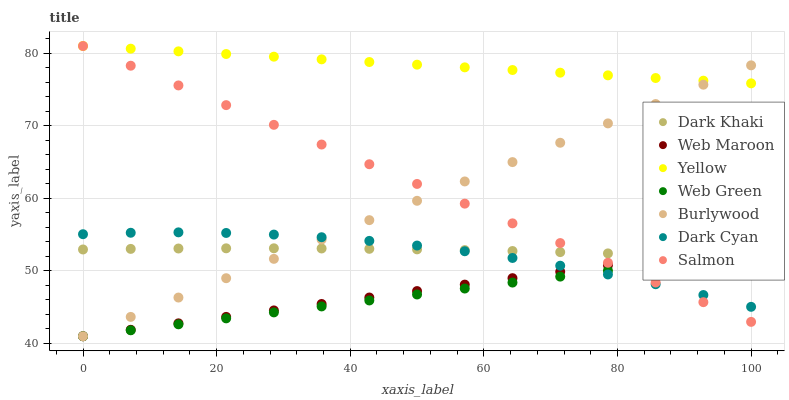
| xaxis_label | Dark Khaki | Web Maroon | Yellow | Web Green | Burlywood | Dark Cyan | Salmon |
 | --- | --- | --- | --- | --- | --- | --- | --- |
 | 0 | 53 | 41 | 81 | 41 | 41 | 55.1 | 81 |
 | 7.14 | 53 | 41.9 | 80.6 | 41.8 | 43.7 | 55.3 | 78.3 |
 | 14.3 | 53.1 | 42.8 | 80.3 | 42.6 | 46.3 | 55.3 | 75.6 |
 | 21.4 | 53.1 | 43.7 | 79.9 | 43.5 | 49 | 55.2 | 72.9 |
 | 28.6 | 53.1 | 44.6 | 79.5 | 44.3 | 51.7 | 55 | 70.1 |
 | 35.7 | 53.1 | 45.4 | 79.2 | 45.1 | 54.3 | 54.6 | 67.4 |
 | 42.9 | 53 | 46.3 | 78.8 | 45.9 | 57 | 54.1 | 64.7 |
 | 50 | 53 | 47.2 | 78.4 | 46.8 | 59.7 | 53.5 | 62 |
 | 57.1 | 52.9 | 48.1 | 78.1 | 47.6 | 62.3 | 52.7 | 59.3 |
 | 64.3 | 52.7 | 49 | 77.7 | 48.4 | 65 | 51.8 | 56.6 |
 | 71.4 | 52.6 | 49.9 | 77.3 | 49.2 | 67.7 | 50.7 | 53.8 |
 | 78.6 | 52.4 | 50.8 | 77 | 50 | 70.3 | 49.5 | 51.1 |
 | 85.7 | 52.2 | 51.7 | 76.6 | 50.9 | 73 | 48.2 | 48.4 |
 | 92.9 | 52 | 52.6 | 76.2 | 51.7 | 75.7 | 46.7 | 45.7 |
 | 100 | 51.7 | 53.5 | 75.9 | 52.5 | 78.3 | 45.1 | 43 |